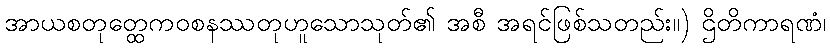
အာယစတုတ္ထေကဝစနဿတုဟူသောသုတ်၏ အစီ အရင်ဖြစ်သတည်း။) ဌိတိကာရဏံ၊